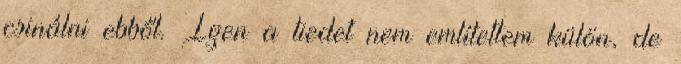
csinálni ebből. Igen a tiedet nem említettem külön, de